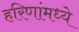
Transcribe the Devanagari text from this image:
हरिणांमध्ये